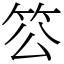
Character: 䇗